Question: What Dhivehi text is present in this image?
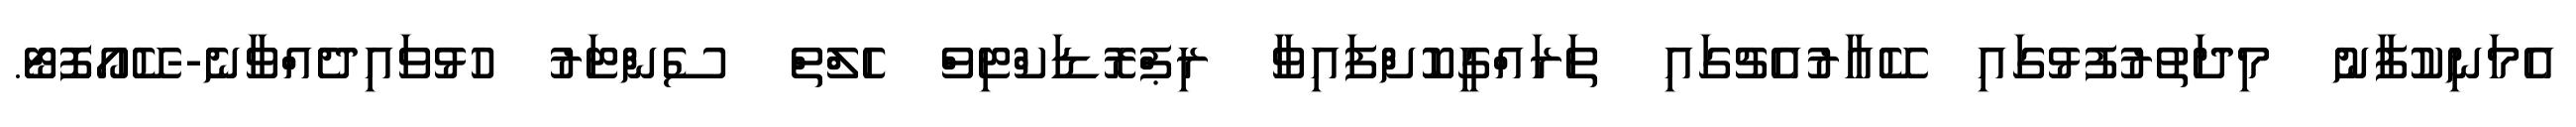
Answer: އެމަނިކުފާނު މިދަތުރުފުޅުގައި ކޭއާރުއެޗުގައި ތަރައްގީކޮށްފައިވާ ރިޕްރޮޑަކްޓިވް ހެލްތް ސެންޓަރު ހުޅުވައިދެއްވާނެ--ކޭއޯފޮޓޯ.